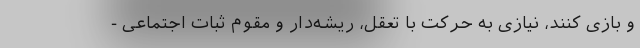
و بازی کنند، نیازی به حرکت با تعقل، ریشه‌دار و مقوم ثبات اجتماعی -